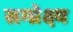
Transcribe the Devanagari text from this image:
सम्प्रेक्ष्य